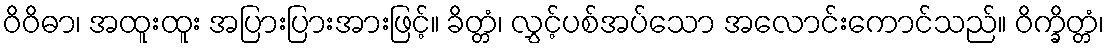
ဝိဝိဓာ၊ အထူးထူး အပြားပြားအားဖြင့်။ ခိတ္တံ၊ လွှင့်ပစ်အပ်သော အလောင်းကောင်သည်။ ဝိက္ခိတ္တံ၊